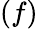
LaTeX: (f)